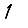
Digit: 1